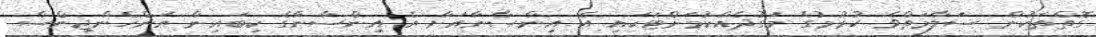
ގޮތްތަކުން ސަލާމަތްވެ ހުރުމުގެ މަގުދެއްކުމަށްޓަކައި އެ އިންސާނާއަށް އެ އިންސާނާގެ ކިބައިން އަންހެންޖިންސް